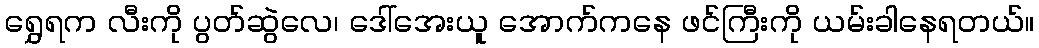
ရွှေရက လီးကို ပွတ်ဆွဲလေ၊ ဒေါ်အေးယူ အောက်ကနေ ဖင်ကြီးကို ယမ်းခါနေရတယ်။